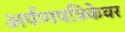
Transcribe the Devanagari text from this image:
अर्पणपत्रिकेवर